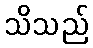
သိသည်